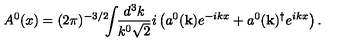
A ^ { 0 } ( x ) = ( 2 \pi ) ^ { - 3 / 2 } \! \! \! \int \! \! \frac { d ^ { 3 } k } { k ^ { 0 } \sqrt { 2 } } i \left( a ^ { 0 } ( { \mathbf { k } } ) e ^ { - i k x } + a ^ { 0 } ( { \mathbf { k } } ) ^ { \dagger } e ^ { i k x } \right) . \nonumber \,